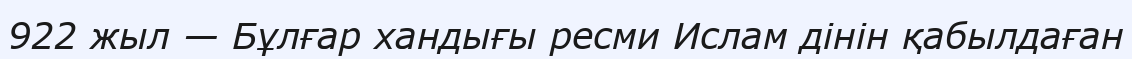
922 жыл — Бұлғар хандығы ресми Ислам дінін қабылдаған